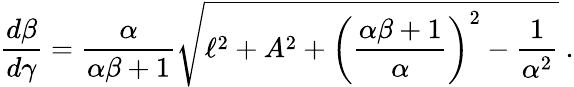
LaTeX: \frac{d\beta}{d\gamma}=\frac{\alpha}{\alpha\beta+1}\sqrt{\ell^{2}+A^{2}+\left(\frac{\alpha\beta+1}{\alpha}\right)^{2}-\frac{1}{\alpha^{2}}}\ .